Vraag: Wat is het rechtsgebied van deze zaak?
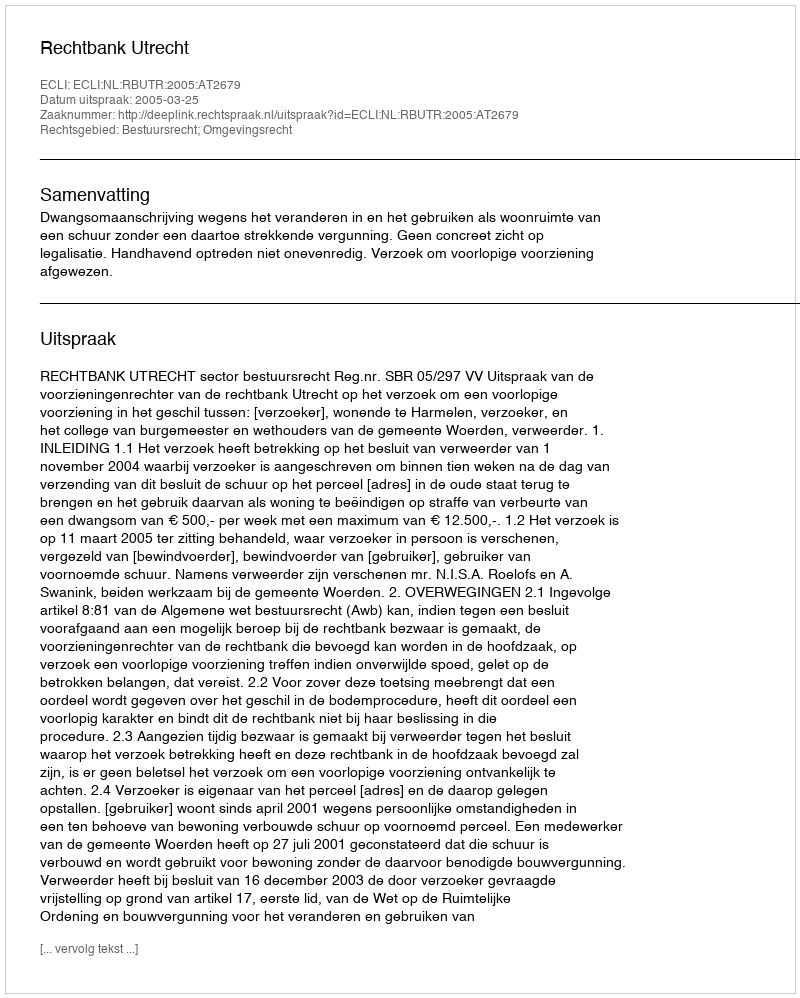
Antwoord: Bestuursrecht; Omgevingsrecht